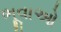
ભૂવાઓ